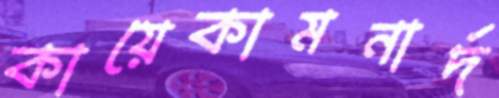
কায়েকামনার্দ